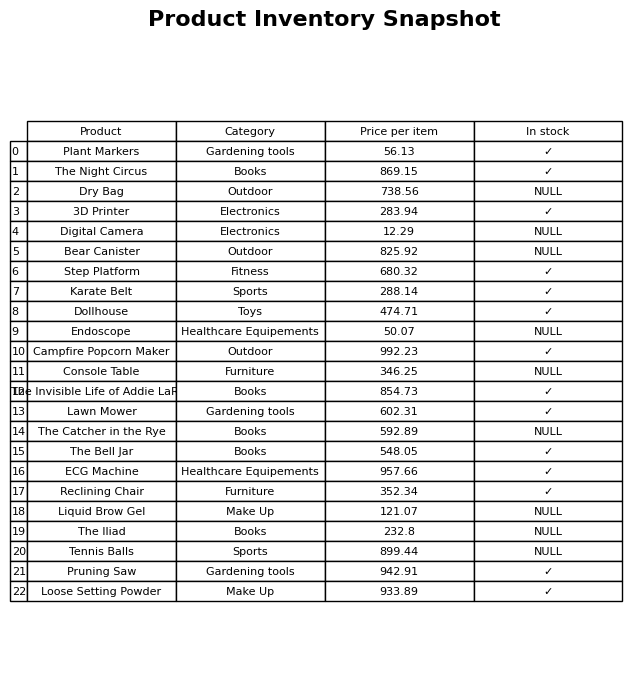
question: Is the The Catcher in the Rye in stock?
answer: NULL